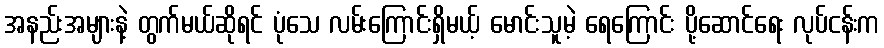
အနည်းအများနဲ့ တွက်မယ်ဆိုရင် ပုံသေ လမ်းကြောင်းရှိမယ့် မောင်းသူမဲ့ ရေကြောင်း ပို့ဆောင်ရေး လုပ်ငန်းက